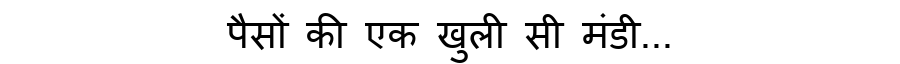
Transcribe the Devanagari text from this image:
पैसों की एक खुली सी मंडी...